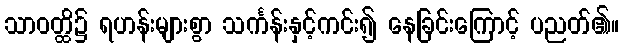
သာဝတ္ထိ၌ ရဟန်းများစွာ သင်္ကန်းနှင့်ကင်း၍ နေခြင်းကြောင့် ပညတ်၏။